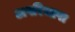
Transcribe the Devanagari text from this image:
अपरिभाषा